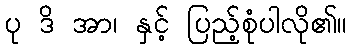
ပု ဒိ အာ၊ နှင့် ပြည့်စုံပါလို၏။